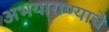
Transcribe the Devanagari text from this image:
अभयाराण्याचे